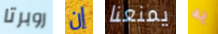
روبرتا إن يمنعنا به